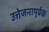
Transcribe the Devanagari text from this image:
उत्तेजनापूर्वक